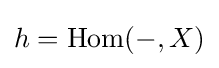
h=\operatorname {Hom} (-,X)